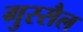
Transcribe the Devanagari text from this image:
गुस्सैल